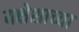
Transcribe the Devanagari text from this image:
यक्षेशाच्या